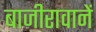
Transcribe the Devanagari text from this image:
बाजीरावानें